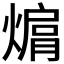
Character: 𤍦